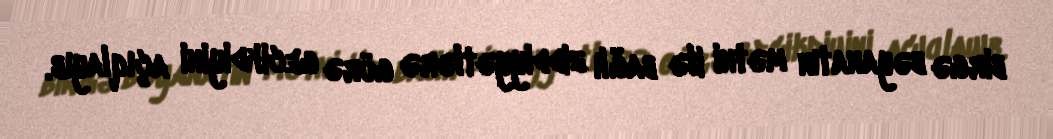
birgə bəyanatın mətni ilə bağlı ziddiyyətlərə görə gecikdiyini açıqlayıb.